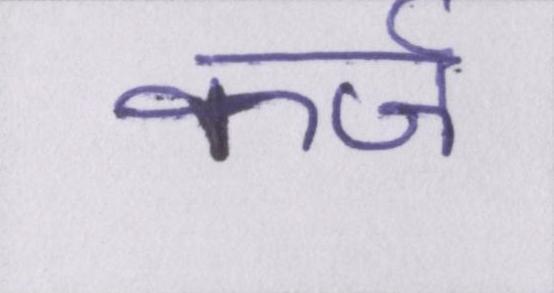
कर्ज